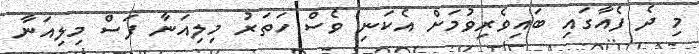
މި ދެ ފެއާގައި ބައިވެރިވުމަށް އެކަނި ވެސް ހަތަރު މިލިއަނާ ފަސް މިލިއަނާ